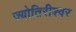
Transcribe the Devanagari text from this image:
ज्योतिरीश्‍वर